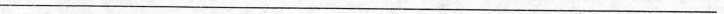
___